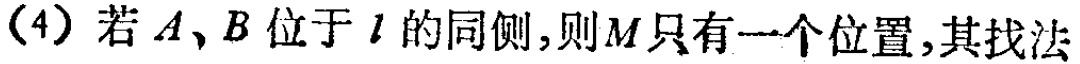
(4) 若 \(A、B\) 位于 \(l\) 的同侧，则 \(M\) 只有一个位置，其找法